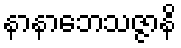
နာနာဘေသဇ္ဇာနိ